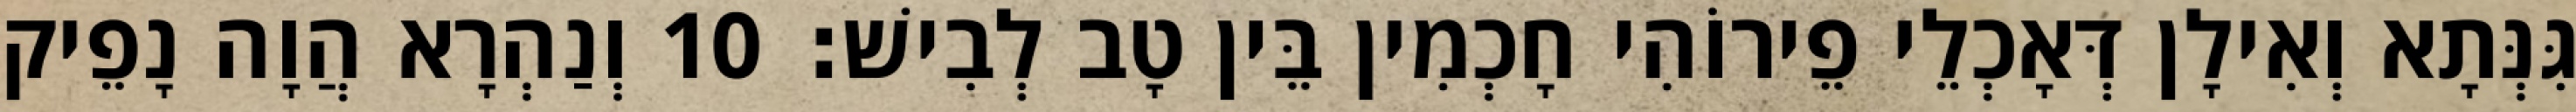
גִּנְּתָא וְאִילָן דְּאָכְלֵי פֵירוֹהִי חָכְמִין בֵּין טָב לְבִישׁ׃ 10 וְנַהְרָא הֲוָה נָפֵיק